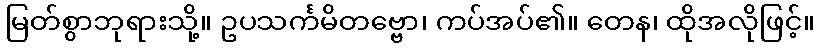
မြတ်စွာဘုရားသို့။ ဥပသင်္ကမိတဗ္ဗော၊ ကပ်အပ်၏။ တေန၊ ထိုအလိုဖြင့်။